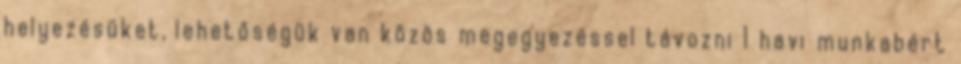
helyezésüket, lehetőségük van közös megegyezéssel távozni 1 havi munkabért